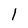
Character: l